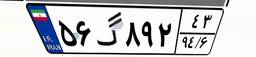
۵۶گ۸۹۲۴۳